Indian journal of veterinary science and animal husbandry - Volume 11,
Year: 1941
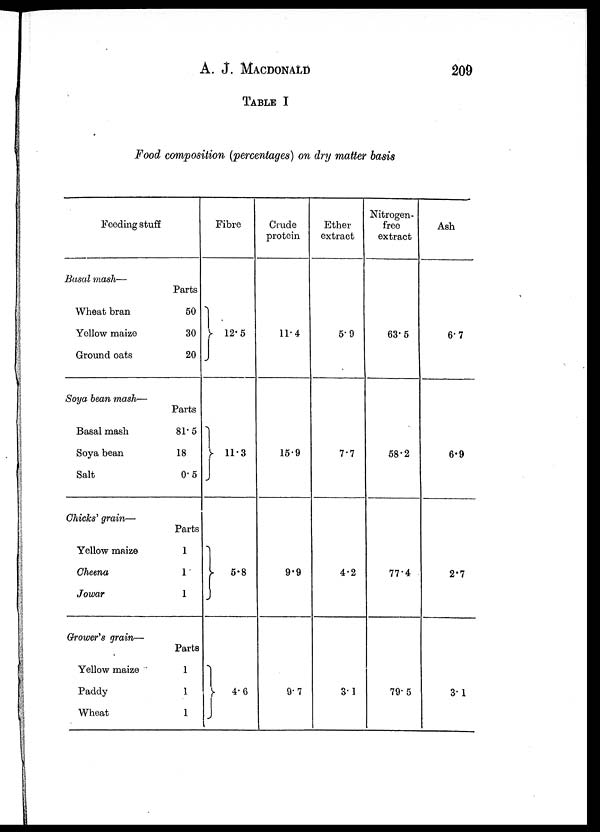
A. J. MACDONALD 209
TABLE I
Food composition (percentages) on dry matter basis
Feeding stuff
Basal mash—
Wheat bran
Yellow maize
Ground oats
Soya bean mash—
Basal mash
Soya bean
Salt
Chicks' grain—
Yellow maize
Cheena
Jowar
Grower's grain—
Yellow maize
Paddy
Wheat
Parts
50
30
20
Parts
81.5
18
0.5
Parts
1
1
1
Parts
1
1
1
Fibre
12.5
11.3
5.8
4.6
Crude
protein
11.4
15.9
9.9
9.7
Ether
extract
5.9
7.7
4.2
3.1
Nitrogen-
free
extract
63.5
58.2
77.4
79.5
Ash
6.7
6.9
2.7
3.1